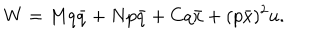
LaTeX: W = M q \bar { q } + N p \bar { q } + C q \bar { x } + ( p \bar { x } ) ^ { 2 } u .